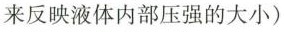
来反映液体内部压强的大小)